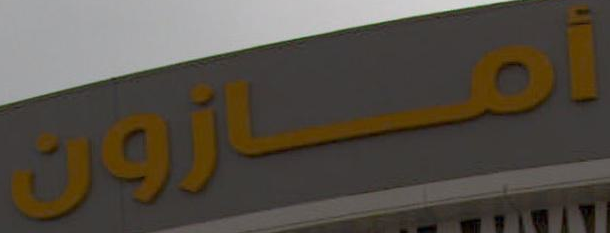
أمازرون